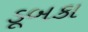
ડૂબકા